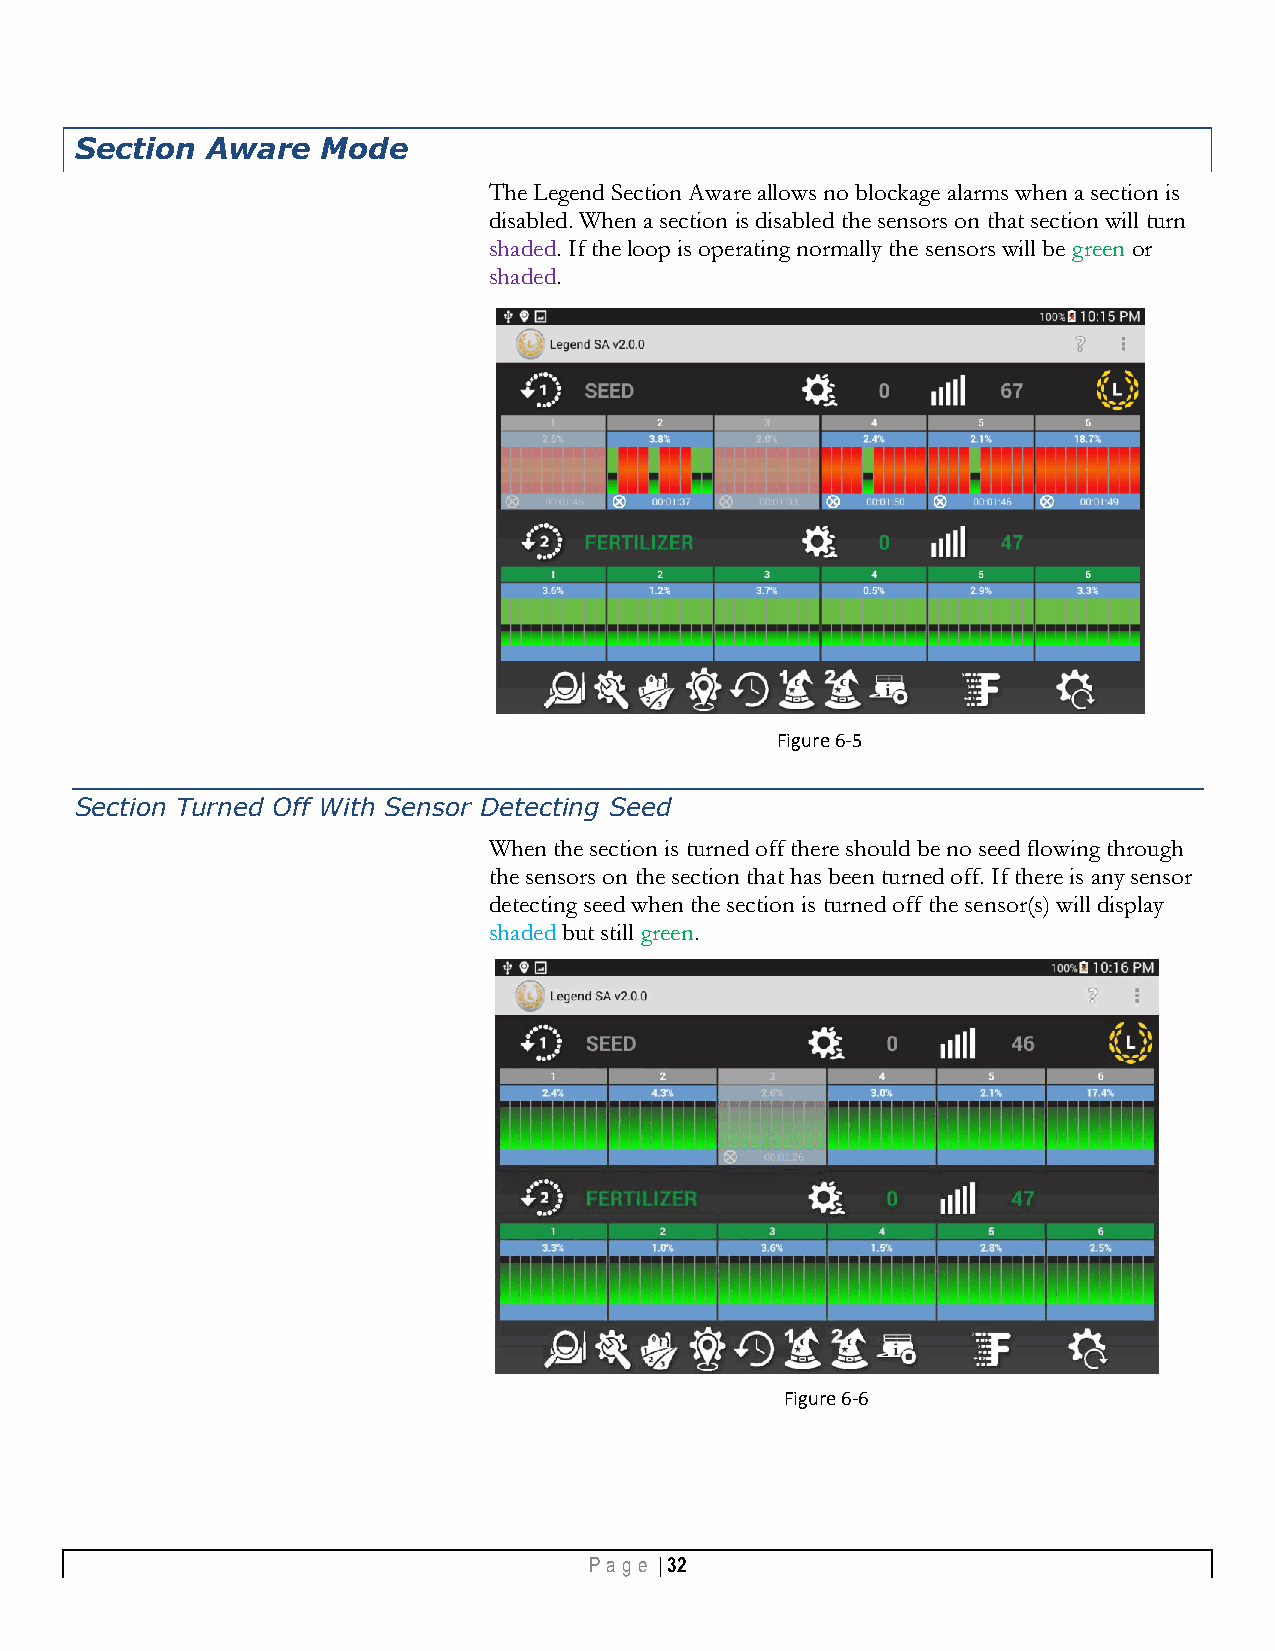
Section  Aware  Mode
 The Legend Section Aware allows no blockage alarms when a section is
 disabled. When a section is disabled the sensors on that section will turn
 shaded. If the loop is operating normally the sensors will be green or
 shaded.
 Figure 6-5
 Section Turned Off With Sensor Detecting Seed
 When the section is turned off there should be no seed flowing through
 the sensors on the section that has been turned off. If there is any sensor
 detecting seed when the section is turned off the sensor(s) will display
 shaded but still green.
 Figure 6-6
 Pa g e | 32